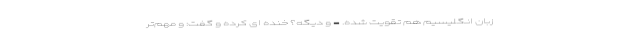
زبان انگلیسیم هم تقویت شده. - و دیگه؟ خنده­ ای کرده و گفت: و مهم­تر